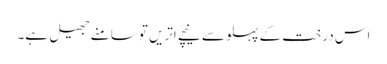
اس درخت کے پہلو سے نیچے اتریں تو سامنے جھیل ہے۔